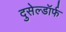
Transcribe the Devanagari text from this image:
दुसेल्डॉर्फ